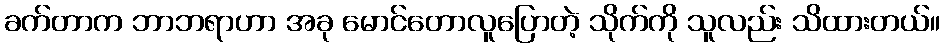
ခက်တာက ဘာဘရာဟာ အခု မောင်တောလူပြောတဲ့ သိုက်ကို သူလည်း သိထားတယ်။